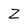
Character: Z